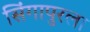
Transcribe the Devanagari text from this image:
सिंगापुरला